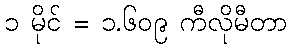
၁ မိုင် = ၁.၆၀၉ ကီလိုမီတာ